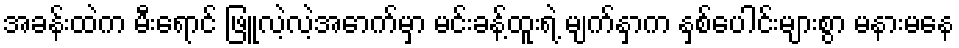
အခန်းထဲက မီးရောင် ဖြူလဲ့လဲ့အောက်မှာ မင်းခန့်ထူးရဲ့ မျက်နှာက နှစ်ပေါင်းများစွာ မနားမနေ